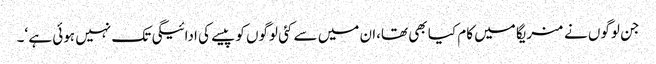
جن لوگوں نے منریگا میں کام کیا بھی تھا،ان میں سے کئی لوگوں کو پیسے کی ادائیگی تک نہیں ہوئی ہے ‘۔